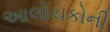
આલોચકોની